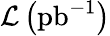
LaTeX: \mathcal{L}\left(\mathrm{pb}^{-1}\right)